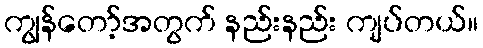
ကျွန်တော့်အတွက် နည်းနည်း ကျပ်တယ်။